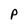
Character: p